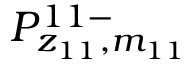
P _ { z _ { 1 1 } , m _ { 1 1 } } ^ { 1 1 - }